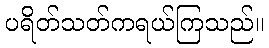
ပရိတ်သတ်ကရယ်ကြသည်။